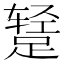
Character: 𫏕